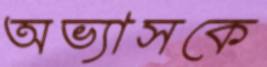
অভ্যাসকে